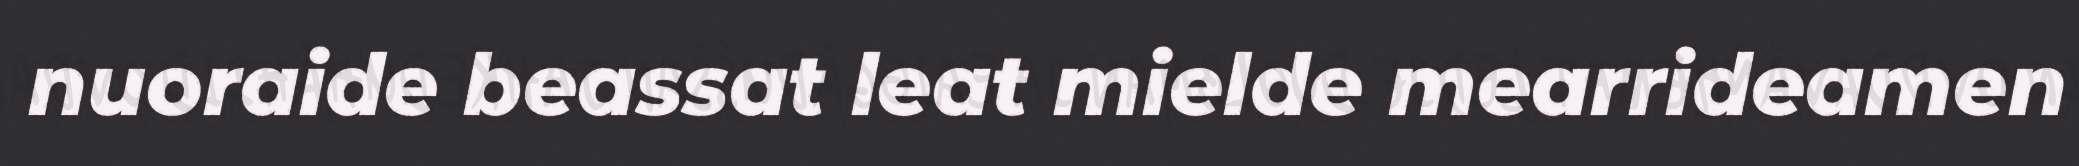
nuoraide beassat leat mielde mearrideamen